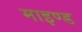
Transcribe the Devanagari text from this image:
माइण्ड